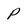
Character: P